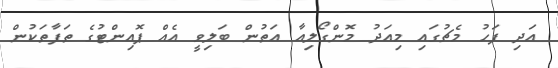
އަދި ފަހު މެޗުގައި މިއަދު މޮންގޯލިއާ އަތުން ބަލިވީ އެއް ޕޮއިންޓުގެ ތަފާތަކުން